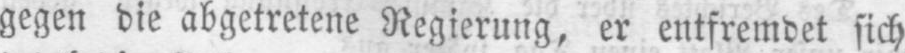
gegen die abgetretene Regierung, er entfremdet sich